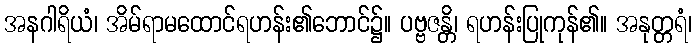
အနဂါရိယံ၊ အိမ်ရာမထောင်ရဟန်း၏ဘောင်၌။ ပဗ္ဗဇန္တိ၊ ရဟန်းပြုကုန်၏။ အနုတ္တရံ၊